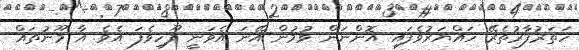
ހަތަރުފާރުތެރޭ ހައްޔަރުވެފައި އޮންނަން ވުމުން އޭނަ އެވަނީ ފޫހިވެފަ އެވެ. އާ މޫނުތައް